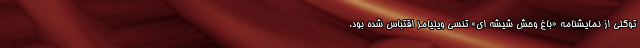
توکلي از نمايشنامه «باغ وحش شيشه اي» تنسي ويليامز اقتباس شده بود.